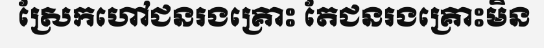
ស្រែកហៅជនរងគ្រោះ តែជនរងគ្រោះមិន